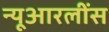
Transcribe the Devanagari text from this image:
न्यूआरलींस